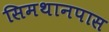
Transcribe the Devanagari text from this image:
सिमथानपास